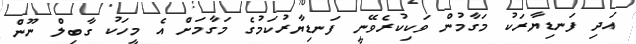
އަދި ފަނޑިޔާރަކު މަގާމުން ވަކިކުރެވޭނީ ފަނޑިޔާރުކަމުގެ މަގާމަށް އެ މީހަކު ގާބިލް ނޫން